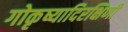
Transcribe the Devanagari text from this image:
गोकृष्यादिरक्षिणी